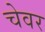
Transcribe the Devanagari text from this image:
चेवर